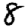
Digit: 8